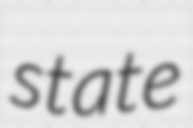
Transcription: state